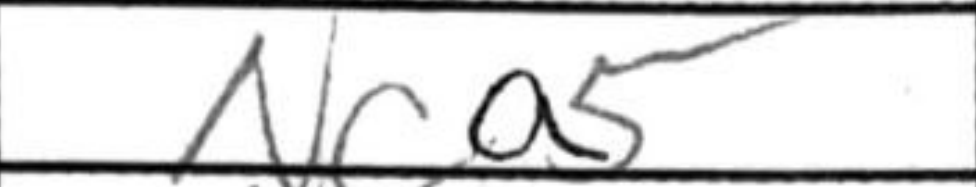
Transcription: Nca5